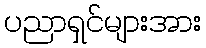
ပညာရှင်များအား